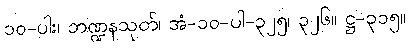
၁၀-ပါး၊ ဘဏ္ဍနသုတ်၊ အံ-၁၀-ပါ-၃၂၅၊ ၃၂၆။ ဋ္ဌ-၃၁၅။